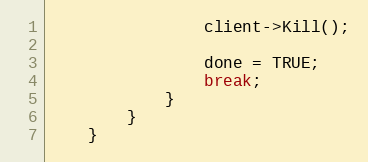
Language: C++
				client->Kill();

				done = TRUE;
				break;
			}
		}
	}